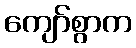
ကျော်စွာက